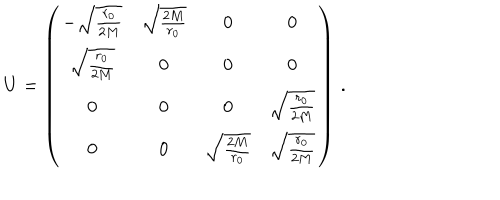
LaTeX: U = \left( \begin{array} { c c c c } { { - \sqrt { \frac { r _ { 0 } } { 2 M } } } } & { { \sqrt { \frac { 2 M } { r _ { 0 } } } } } & { { 0 } } & { { 0 } } \\ { { \sqrt { \frac { r _ { 0 } } { 2 M } } } } & { { 0 } } & { { 0 } } & { { 0 } } \\ { { 0 } } & { { 0 } } & { { 0 } } & { { \sqrt { \frac { r _ { 0 } } { 2 M } } } } \\ { { 0 } } & { { 0 } } & { { \sqrt { \frac { 2 M } { r _ { 0 } } } } } & { { \sqrt { \frac { r _ { 0 } } { 2 M } } } } \\ \end{array} \right) \, .